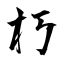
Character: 朽